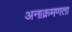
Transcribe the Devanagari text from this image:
अनाक्रमणता